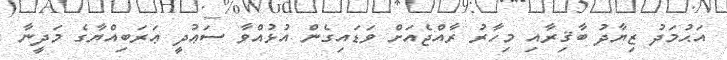
އަޙުމަދު ޒިޔާދު ބާޤިރާއި މިހާރު ރާއްޖެއަށް ވަޑައިގެން އުޅުއްވާ ސަޢުދީ ޢަރަބިއްޔާގެ މަދީނާ